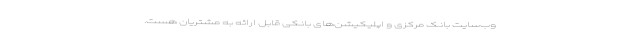
وب‌سایت بانک مرکزی و اپلیکیشن‌های بانکی قابل ارائه به مشتریان هست.